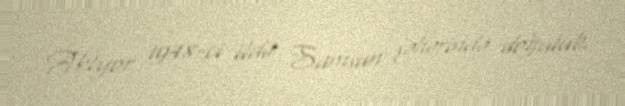
Aktyor 1948-ci ildə Samsun şəhərində doğulub.